Lunatic asylums United Provinces 1909-1921 - 1909-1921
Year: 1909
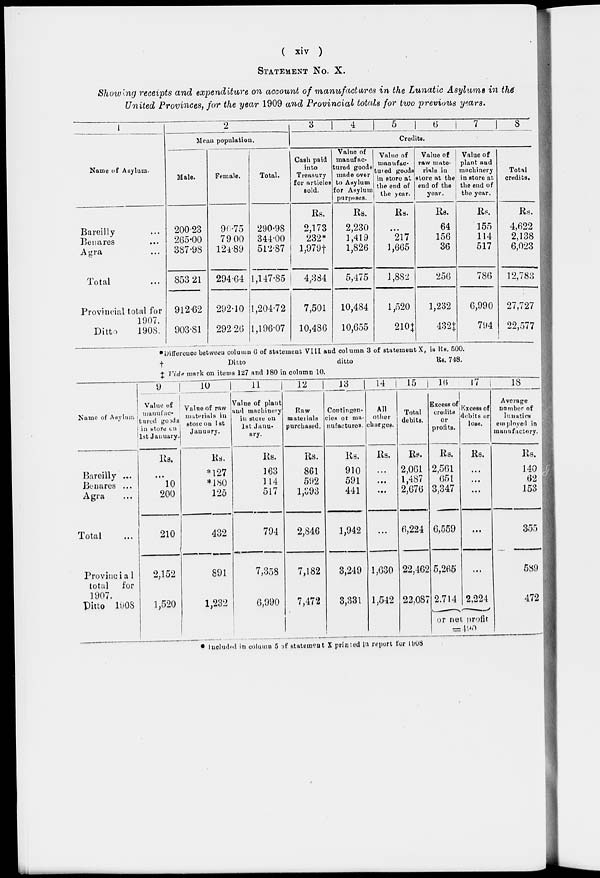
( xiv )
STATEMENT No. X.
Showing receipts and expenditure on account of manufactures in the Lunatic Asylums in the
United Provinces, for the year 1909 and Provincial totals for two previous years.
1
Name of Asylum.
Bareilly...
Benares...
Agra...
Total...
Provincial total for
1907.
Ditto
1908.
2
Mean population.
Male.
200.23
265.00
387.98
853.21
912.62
903.81
Female.
90.75
79 00
124.89
294.64
292.10
292.26
Total.
290.98
344.00
512.87
1,147.85
1,204.72
1,106.07
3
4
5
6
7
8
Credits.
Cash paid
into
Treasury
for articles
sold.
Rs.
2,173
232*
l,979†
4,384
7,501
10,486
Value of
manufac-
tured goods
made over
to Asylum
for Asylum
purposes.
Rs.
2,230
1,419
1,826
5,475
10,484
10,655
Value of
manufac-
tured goods
in store at
the end of
the year.
Rs.
...
217
1,665
1,882
1,520
210‡
Value of
raw mate-
rials in
store at the
end of the
year.
Rs.
64
156
36
256
1,232
432‡
Value of
plant and
machinery
in store at
the end of
the year.
Rs.
155
114
517
786
6,990
794
Total
credits.
Rs.
4,622
2,138
6,023
12,783
27,727
22,577
* Difference between column 6 of statement VIII and column 3 of statement X, is Rs. 500.
†
Ditto
ditto
‡ Vide mark on items 127 and 180 in column 10.
Rs. 748.
Name of Asylum
Bareilly ...
Benares ...
Agra...
Total...
Provincia1
total for
1907
Ditto 1908
9
Value of
manufac-
tured goods
in store on
1st January.
Rs.
...
10
200
210
2,152
1,520
10
Value of raw
materials in
store on 1st
January.
Rs.
*127
*180
125
432
891
1,232
11
Value of plant
and machinery
in store on
1st Janu-
ary.
Rs.
163
114
517
704
7,358
6,990
12
Raw
materials
purchased.
Rs.
861
592
l,393
2,846
7,182
7,472
13
Contingen-
cies or ma-
nufactures.
Rs.
910
591
441
1,942
3,249
3,331
14
All
other
charges.
Rs.
...
...
...
...
1,630
1,542
15
Total
debits.
Rs.
2,061
1,487
2,676
6,224
22,462
22,087
16
Excess of
credits
or
profits.
Rs.
2,561
651
3,347
6,559
5,265
2,714
17
Excess of
debits or
loss.
Rs.
...
...
...
...
...
2,224
or net profit
= 490
18
Average
number of
lunatics
employed in
manufactory.
Rs.
140
62
153
355
589
472
* Included in column 5 of statement X printed in report for 1908